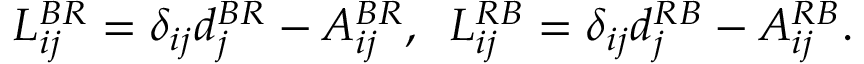
{ \cal { L } } _ { i j } ^ { B R } = \delta _ { i j } d _ { j } ^ { B R } - { \cal A } _ { i j } ^ { B R } , \; \; { \cal { L } } _ { i j } ^ { R B } = \delta _ { i j } d _ { j } ^ { R B } - { \cal A } _ { i j } ^ { R B } .